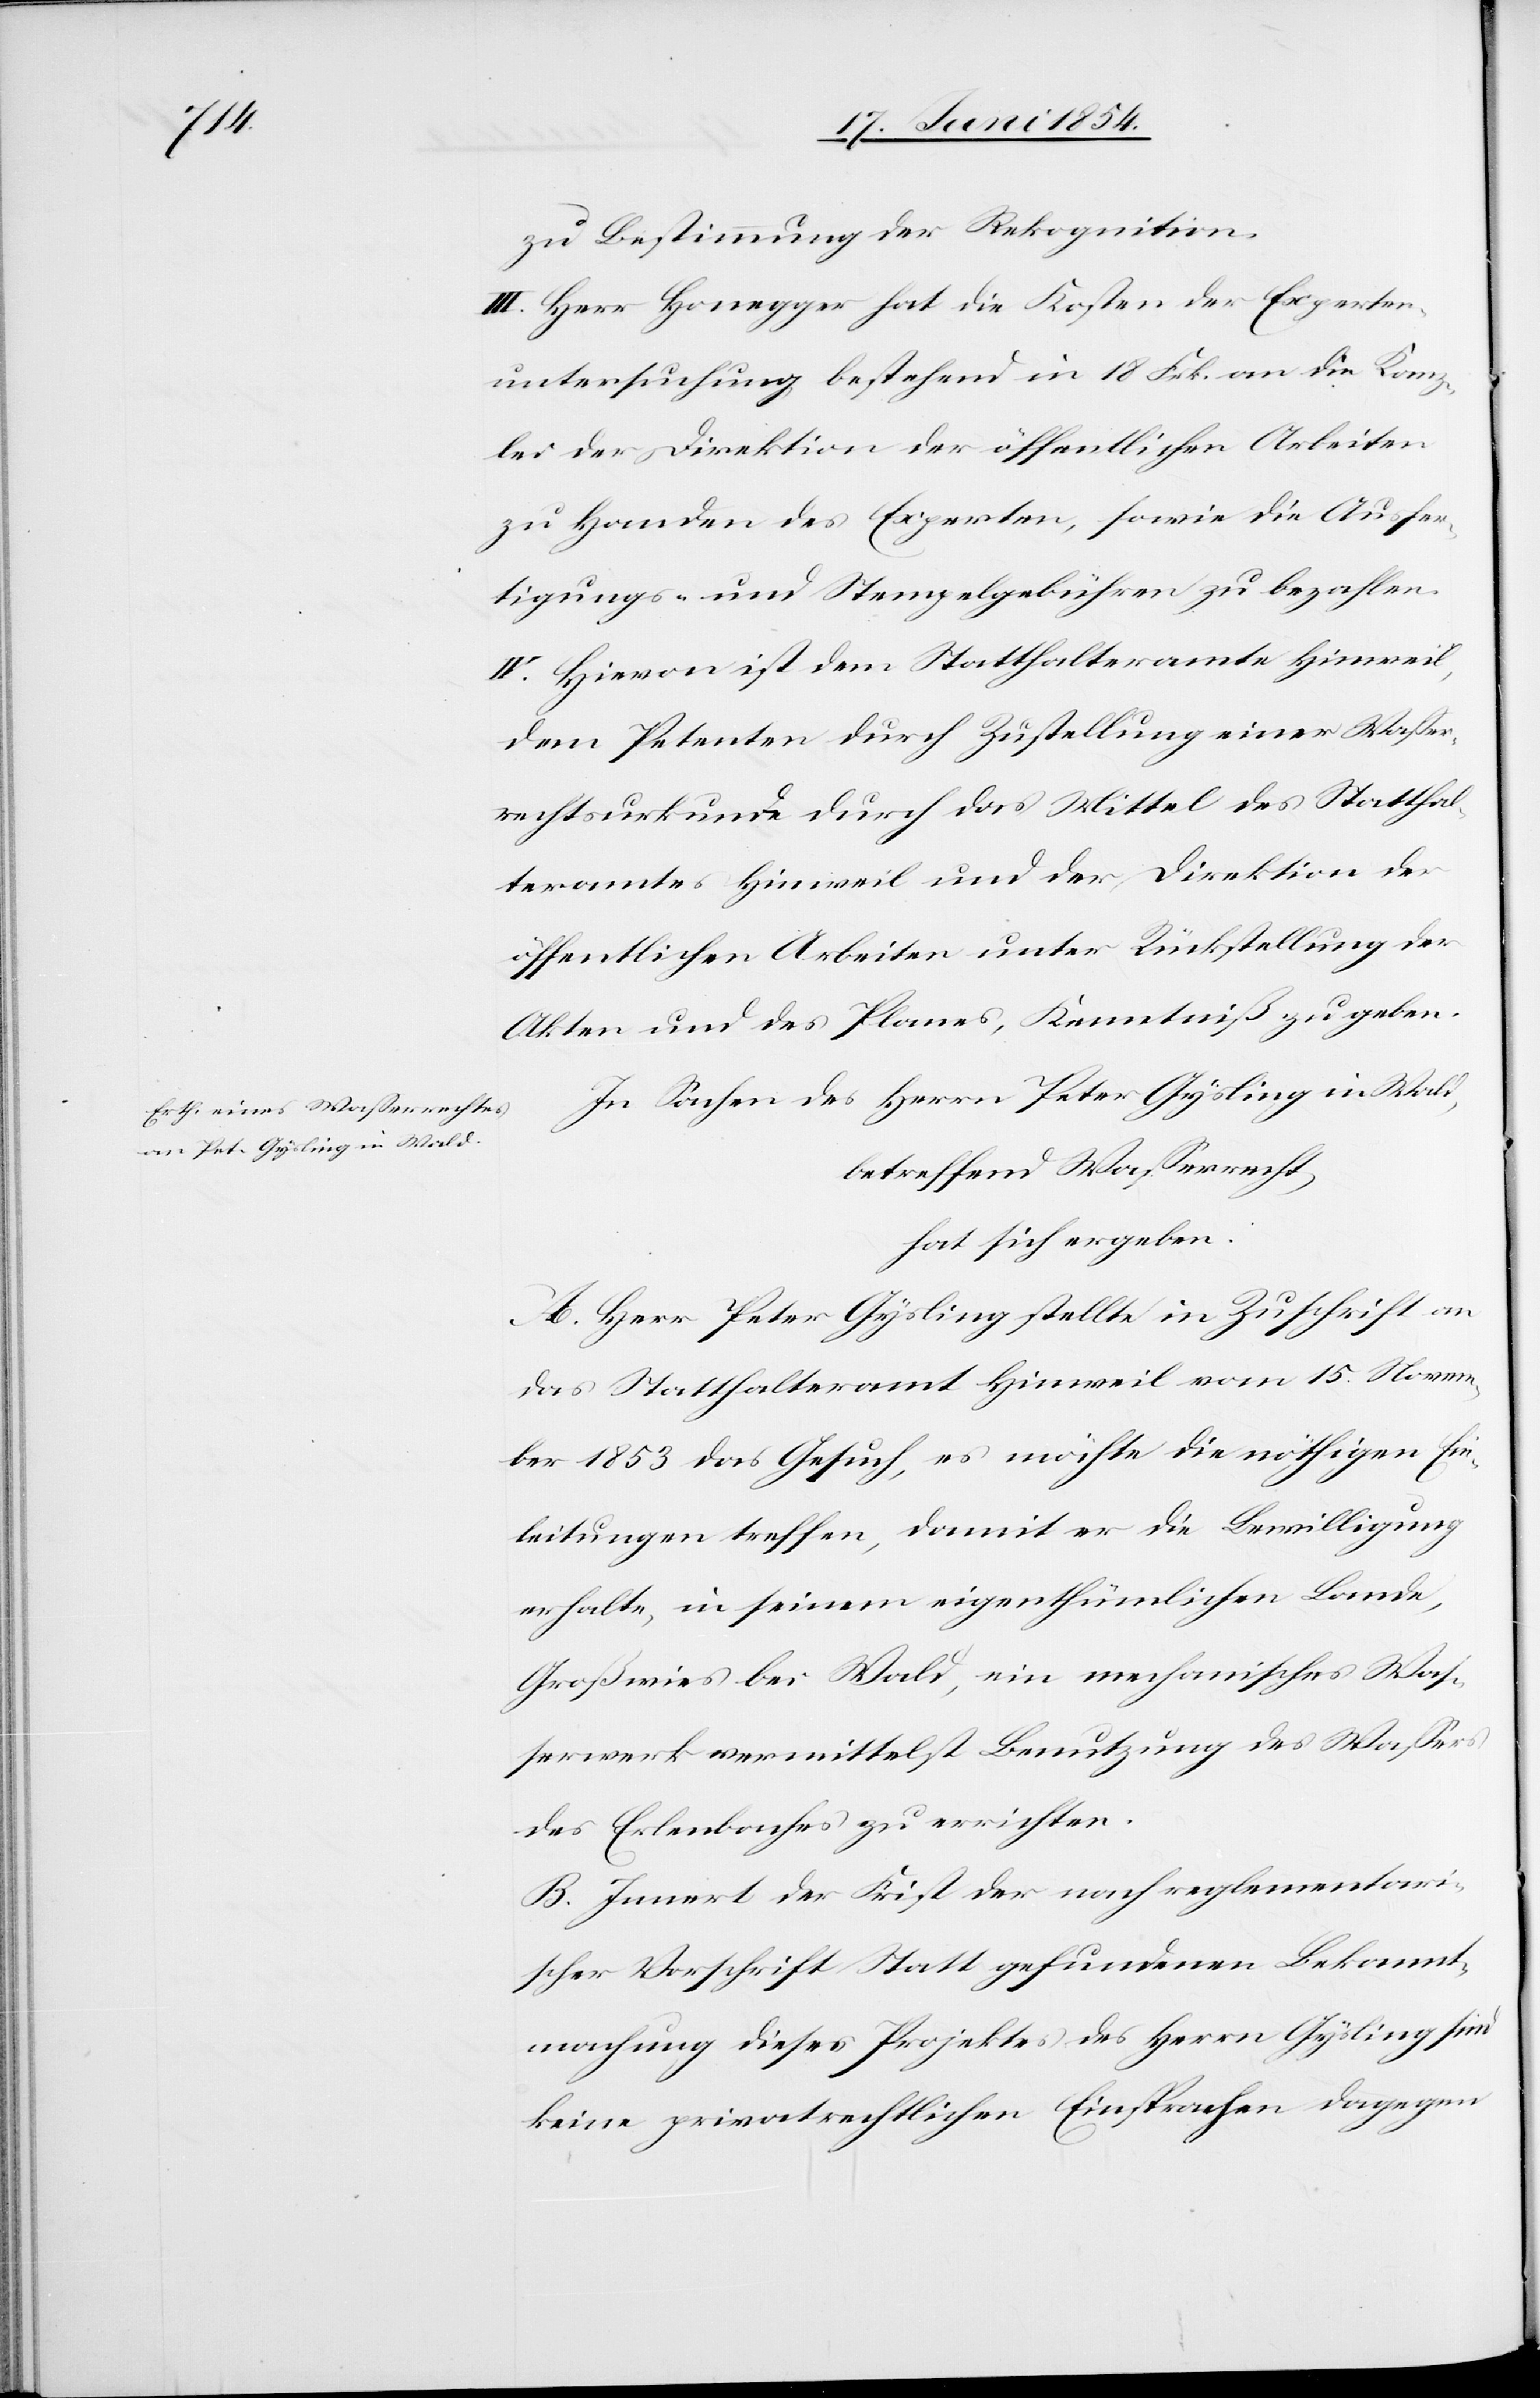
zu Bestimmung der Rekognition.
III. Herr Honegger hat die Kosten der Experten¬
untersuchung bestehend in 18 Frk. an die Kanz¬
lei der Direktion der öffentlichen Arbeiten
zu Handen des Experten, sowie die Ausfer¬
tigungs- und Stempelgebühren zu bezahlen.
IV. Hievon ist dem Statthalteramte Hinweil,
dem Petenten durch Zustellung einer Waßer¬
rechtsurkunde durch das Mittel des Statthal¬
teramtes Hinweil und der Direktion der
öffentlichen Arbeiten unter Rückstellung der
Akten und des Planes, Kenntniß zu geben.
In Sachen des Herrn Peter Gysling in Wald,
betreffend Waßerrecht,
hat sich ergeben:
A. Herr Peter Gysling stellte in Zuschrift an
das Statthalteramt Hinweil vom 15. Novem¬
ber 1853 das Gesuch, es möchte die nöthigen Ein¬
leitungen treffen, damit er die Bewilligung
erhalte, in seinem eigenthümlichen Lande,
Großwies bei Wald, ein mechanisches Waß¬
erwerk vermittelst Benutzung des Waßers
des Erlenbaches zu errichten.
B. Innert der Frist der nach reglementari¬
scher Vorschrift Statt gefundenen Bekannt¬
machung dieses Projektes des Herrn Gysling sind
keine privatrechtlichen Einsprachen dagegen